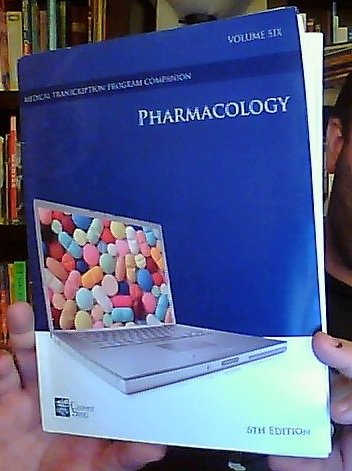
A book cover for Pharmacology: Volume Six, 6th Edition (Career Step Medical Transcription Program Companion); Career Step; Medical Books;